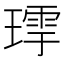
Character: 𤨹